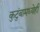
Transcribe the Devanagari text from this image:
कुटुंबामध्येही